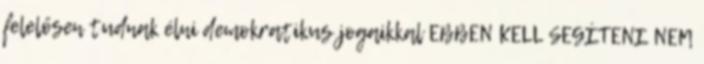
felelősen tudnak élni demokratikus jogaikkal EBBEN KELL SEGÍTENI NEM